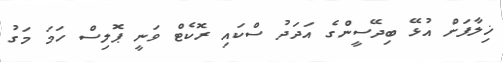
ޚިލާފަށް އުޅޭ ބިދޭސީންގެ އަދަދު ސްކައި ރޮކެޓް ވަނީ ޕޮލިސް ހަމަ މަގު